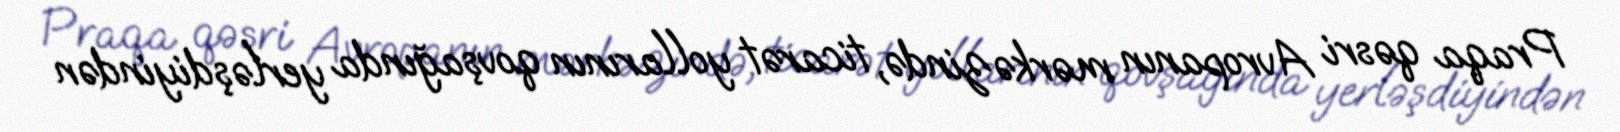
Praqa qəsri Avropanın mərkəzində, ticarət yollarının qovşağında yerləşdiyindən